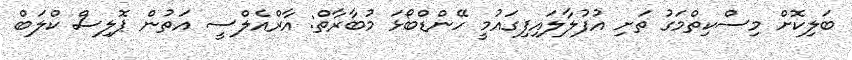
ބަލިކޮށް މިސްކިތްމަގު ތަށި އުފުލާލައިފިގައުމީ ހޭންޑްބޯޅަ މުބާރާތް: އާރްއެލްސީ އަތުން ޕޮލިސް ކްލަބް